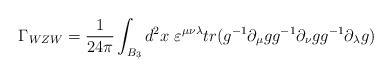
LaTeX: \begin{align*}\Gamma_{WZW} = {1\over{24\pi}}\int_{B_3} d^{2}x \ \varepsilon^{\mu\nu\lambda}{tr(g^{-1}\partial_{\mu}g g^{-1}\partial_{\nu}g g^{-1}\partial_{\lambda}g)}\end{align*}